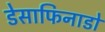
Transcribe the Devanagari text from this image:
डेसाफिनाडो